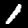
Digit: 1